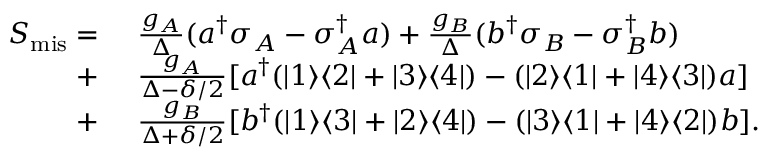
\begin{array} { r l } { S _ { \mathrm { m i s } } = } & { ~ \frac { g _ { A } } { \Delta } ( a ^ { \dagger } \sigma _ { A } - \sigma _ { A } ^ { \dagger } a ) + \frac { g _ { B } } { \Delta } ( b ^ { \dagger } \sigma _ { B } - \sigma _ { B } ^ { \dagger } b ) } \\ { + } & { ~ \frac { g _ { A } } { \Delta - \delta / 2 } [ a ^ { \dagger } ( | 1 \rangle \langle 2 | + | 3 \rangle \langle 4 | ) - ( | 2 \rangle \langle 1 | + | 4 \rangle \langle 3 | ) a ] } \\ { + } & { ~ \frac { g _ { B } } { \Delta + \delta / 2 } [ b ^ { \dagger } ( | 1 \rangle \langle 3 | + | 2 \rangle \langle 4 | ) - ( | 3 \rangle \langle 1 | + | 4 \rangle \langle 2 | ) b ] . } \end{array}